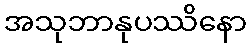
အသုဘာနုပဿိနော